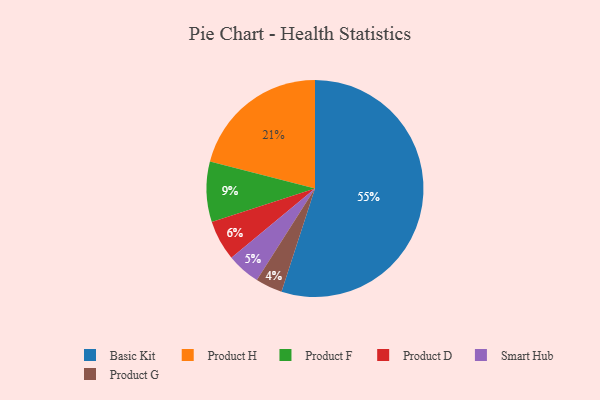
{"axis": {"x": "Category", "y": "Percentage"}, "legend": ["Basic Kit", "Product D", "Product F", "Product G", "Product H", "Smart Hub"], "data": [{"x": "Basic Kit", "y": 55, "type": "Basic Kit"}, {"x": "Product F", "y": 9, "type": "Product F"}, {"x": "Smart Hub", "y": 5, "type": "Smart Hub"}, {"x": "Product G", "y": 4, "type": "Product G"}, {"x": "Product H", "y": 21, "type": "Product H"}, {"x": "Product D", "y": 6, "type": "Product D"}]}